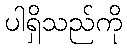
ပါရှိသည်ကို